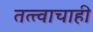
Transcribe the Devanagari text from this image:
तत्त्वाचाही